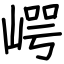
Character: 崿